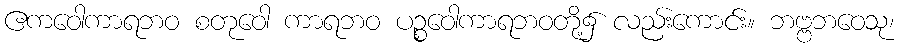
ဧကဝေါကာရဘဝ စတုဝေါ ကာရဘဝ ပဉ္စဝေါကာရဘဝတို့၌ လည်းကောင်း။ ဘဗ္ဗဘဝေသု၊